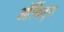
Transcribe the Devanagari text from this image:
ऑर्किड्स